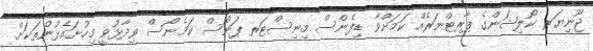
ޖޫނިޔަރ ކޯލިޝަންގެ ޕާރޓްނަރެއް ކަމަށްވާ ޑިފެންސް މިނިސްޓަރ ޕަނޯސް ކަމެނޯސް ވިދާޅުވީ މިހުށައެޅުންތަކަށް